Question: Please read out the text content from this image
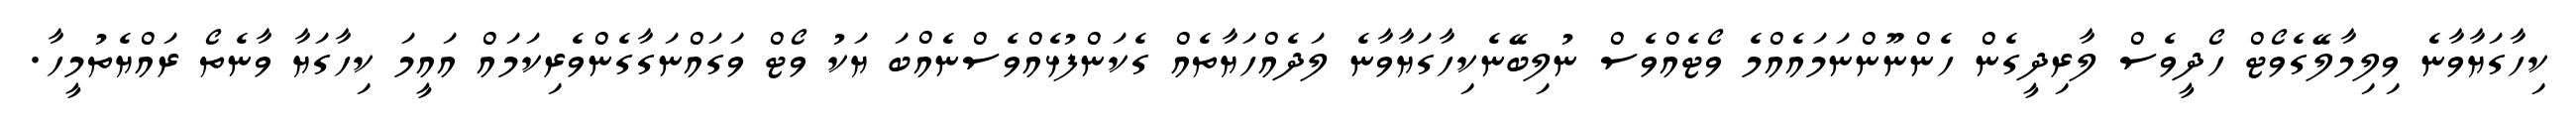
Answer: ކިހާގަޔާވާނެ ވިލިމާލޭގެވޯޓް ހޯދީވެސް ލާރިދީގެން ހެންނޫންނަމައެއްމެ ވޯޓެއްވެސް ނުލިބޭނެކިހާގަޔާވާނެ ލަދެއްހަޔާތެއް ގެކަންފުޅެއްވެސްނެއްބަ ޔަކު ވޯޓް ވަގައްނަގާގެންވެރިކަމައް އައީމަ ކިހާގަޔާ ވާނެތޯ ރައްޔެތުމީހާ.